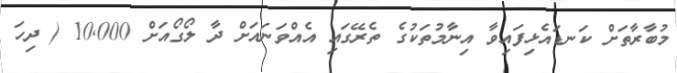
މުބާރާތަށް ކަނޑައެޅިފައިވާ އިނާމުތަކުގެ ތެރޭގައި އެއްވަނައަށް ދާ ލޯގޯއަށް 10